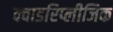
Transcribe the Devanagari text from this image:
क्वाडरिप्लीजिक